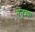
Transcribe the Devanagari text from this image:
मनूच्या